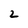
Character: 2